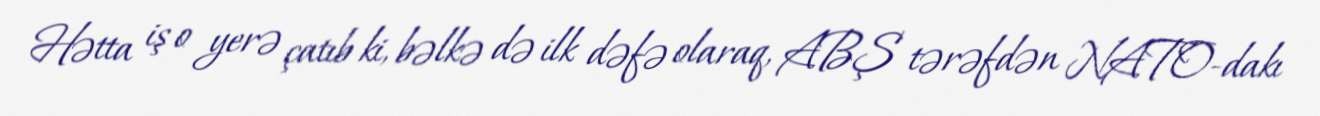
Hətta iş o yerə çatıb ki, bəlkə də ilk dəfə olaraq, ABŞ tərəfdən NATO-dakı